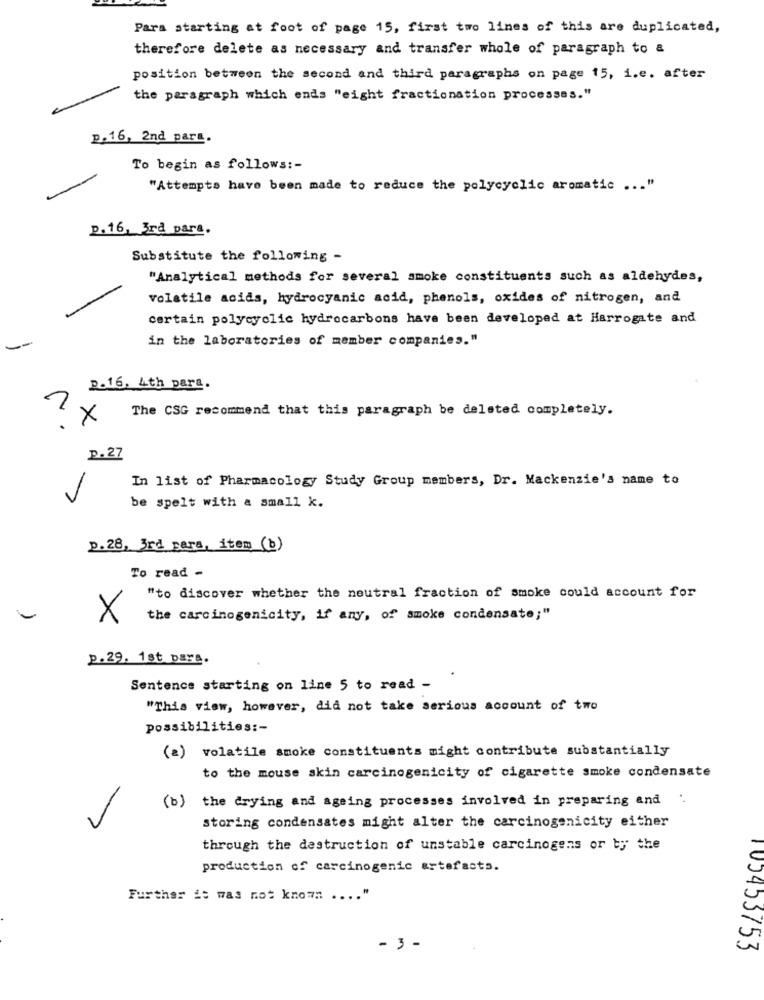
Para starting at foot of page 15, first two lines of this are duplicated,
therefore delete as necessary and transfer whole of paragraph to &
position between the second and third paragraphs on page 15, i.e. after
the paragraph which ends "eight fractionation processes."
p.16, 2nd para.
To begin as follows :-
"Attempts have been made to reduce the polycyclic aromatic ... "
p.16, 3rd para.
Substitute the following -
"Analytical methods for several smoke constituents such as aldehydes,
volatile acids, hydrocyanic acid, phenols, oxides of nitrogen, and
certain polycyclic hydrocarbons have been developed at Harrogate and
in the laboratories of member companies."
D.16. 4th para.
The CSG recommend that this paragraph be deleted completely.
X
p. 27
In list of Pharmacology Study Group members, Dr. Mackenzie's name to
be spelt with a small k.
2.28, 3rd para, item (b)
To read -
"to discover whether the neutral fraction of smoke could account for
X
the carcinogenicity, if any, of smoke condensate;"
p.29. 1st para.
Sentence starting on line 5 to read -
"This view, however, did not take serious account of two
possibilities :-
(2) volatile smoke constituents might contribute substantially
to the mouse skin carcinogenicity of cigarette smoke condensate
(b) the drying and ageing processes involved in preparing and .
storing condensates might alter the carcinogenicity either
through the destruction of unstable carcinogens or by the
production of carcinogenic artefacts.
Further it was not known .... "
- 3 -
103453753